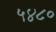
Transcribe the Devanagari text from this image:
५४८०